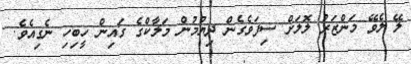
ލޭ ލެވޭ މަންޒަރު ލޮލަށް ސިފަވެގެން ދިޔުމުން މަލާކްގެ ގައިން ހީބިހި ނެގިއެވެ.